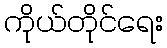
ကိုယ်တိုင်ရေး